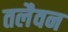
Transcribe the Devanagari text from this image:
तलैवन